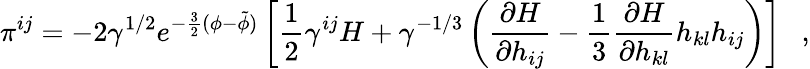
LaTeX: \pi^{ij}=-2\gamma^{1/2}e^{-\frac{3}{2}(\phi-\tilde{\phi})}\left[\frac{1}{2}\gamma^{ij}H+\gamma^{-1/3}\left(\frac{\partial H}{\partial h_{ij}}-\frac{1}{3}\frac{\partial H}{\partial h_{kl}}h_{kl}h_{ij}\right)\right]~~~,